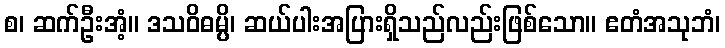
စ၊ ဆက်ဦးအံ့။ ဒသဝိဓမ္ပိ၊ ဆယ်ပါးအပြားရှိသည်လည်းဖြစ်သော။ ဧတံအသုဘံ၊